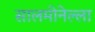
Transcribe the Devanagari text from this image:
सालमोनेल्ला